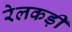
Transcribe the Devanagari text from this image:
रेलकड़ी